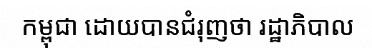
កម្ពុជា ដោយបានជំរុញថា រដ្ឋាភិបាល